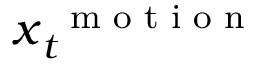
\boldsymbol x _ { t } ^ { \mathrm { ~ \scriptsize ~ m ~ o ~ t ~ i ~ o ~ n ~ } }